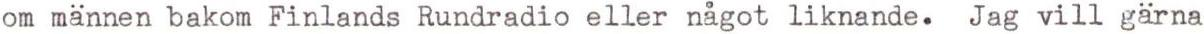
om männen bakom Finlands Rundradio eller något liknande. Jag vill gärna